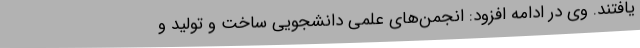
یافتند. وی در ادامه افزود: انجمن‌های علمی دانشجویی ساخت و تولید و